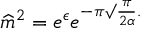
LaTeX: \widehat { m } ^ { 2 } = e ^ { \epsilon } e ^ { - \pi \surd \frac { \pi } { 2 \alpha } . }